Indian journal of veterinary science and animal husbandry - Volume 3,
Year: 1933
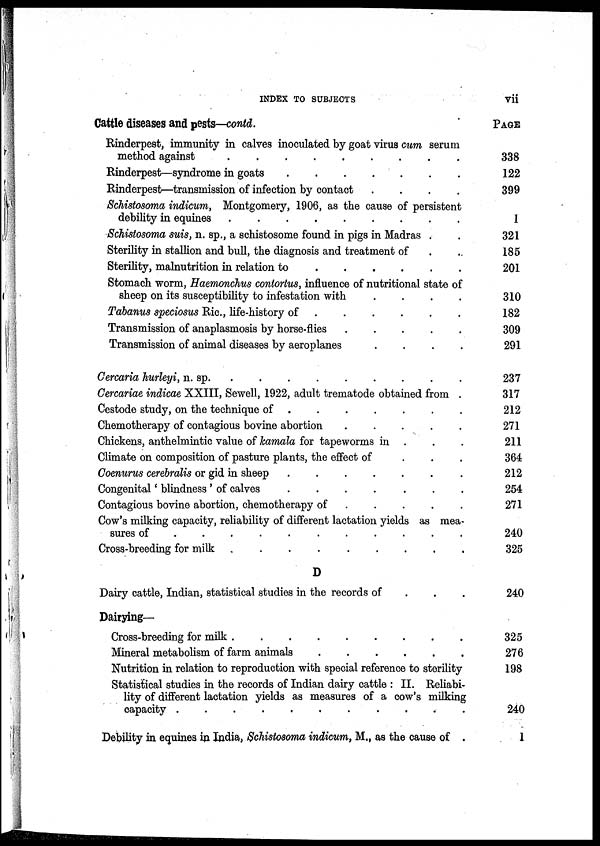
INDEX TO SUBJECTS
vii
Cattle diseases and pests—contd.
Rinderpest, immunity in calves inoculated by goat virus cum serum
method against . . . . . . . .
Rinderpest—syndrome in goats . . . . . . . .
Rinderpest—transmission of infection by contact . . . . . . . .
Schistosoma indicum, Montgomery, 1906, as the cause of persistent
debility in equines . . . . . . . .
Schistosoma suis, n. sp., a schistosome found in pigs in Madras . .
Sterility in stallion and bull, the diagnosis and treatment of . .
Sterility, malnutrition in relation to . . . . . . . .
Stomach worm, Haemonchus contortus, influence of nutritional state of
sheep on its susceptibility to infestation with . . . . . . . .
Tabanus speciosus Ric, life-history of . . . . . . . .
Transmission of anaplasmosis by horse-flies . . . . . . . .
Transmission of animal diseases by aeroplanes . . . . . . . .
Cercaria hurleyi, n. sp. . . . . . . . .
Cercariae indicae XXIII, Sewell, 1922, adult trematode obtained from .
Cestode study, on the technique of . . . . . . . .
Chemotherapy of contagious bovine abortion . . . . . . . .
Chickens, anthelmintic value of kamala for tapeworms in . . .
Climate on composition of pasture plants, the effect of . . .
Coenurus cerebralis or gid in sheep . . . . . . . .
Congenital ' blindness ' of calves . . . . . . . .
Contagious bovine abortion, chemotherapy of . . . . . . . .
Cow's milking capacity, reliability of different lactation yields as mea-
sures of . . . . . . . .
Cross-breeding for milk . . . . . . . .
D
Dairy cattle, Indian, statistical studies in the records of . . .
Dairying—
Cross-breeding for milk . . . . . . . .
Mineral metabolism of farm animals . . . . . . . .
Nutrition in relation to reproduction with special reference to sterility
Statistical studies in the records of Indian dairy cattle : II. Reliabi-
lity of different lactation yields as measures of a cow's milking
capacity . . . . . . . .
Debility in equines in India, Schistosoma indicum, M., as the cause of .
PAGE
338
122
399
1
321
185
201
310
182
309
291
237
317
212
271
211
364
212
254
271
240
325
240
325
276
198
240
1